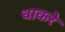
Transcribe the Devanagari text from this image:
धाकरे